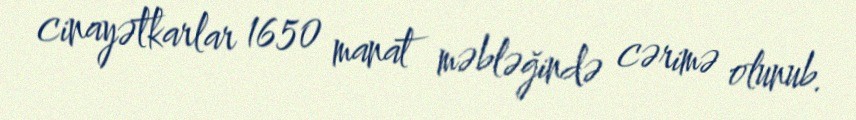
cinayətkarlar 1650 manat məbləğində cərimə olunub.